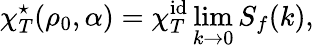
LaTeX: \chi_{\scriptstyle{T}}^{\star}(\rho_{0},\alpha)=\chi_{T}^{\mathrm{id}}\operatorname*{lim}_{k\rightarrow 0}S_{f}(k),